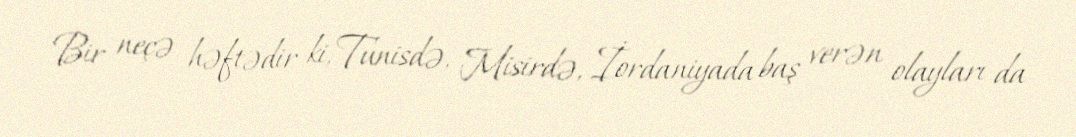
Bir neçə həftədir ki, Tunisdə, Misirdə, İordaniyada baş verən olayları da